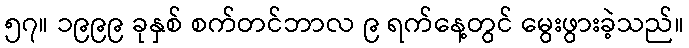
၅၇။ ၁၉၉၉ ခုနှစ် စက်တင်ဘာလ ၉ ရက်နေ့တွင် မွေးဖွားခဲ့သည်။